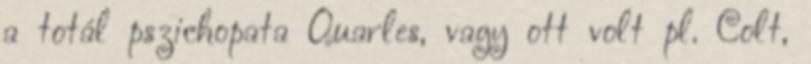
a totál pszichopata Quarles, vagy ott volt pl. Colt,